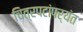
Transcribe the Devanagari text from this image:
चित्रपटांपर्यंत